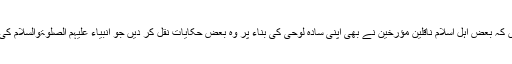
اہل علم حضرات سے یہ حقیقت مخفی نہیں کہ بعض اہل اسلام ناقلین مؤرخین نے بھی اپنی سادہ لوحی کی بناء پر وہ بعض حکایات نقل کر دیں جو انبیاء علیہم الصلوٰۃوالسلام کی عظمت اور منصب نبوت کے منافی ہیں۔